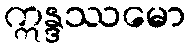
ဣန္ဒဿမော